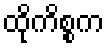
ထိုကိစ္စက